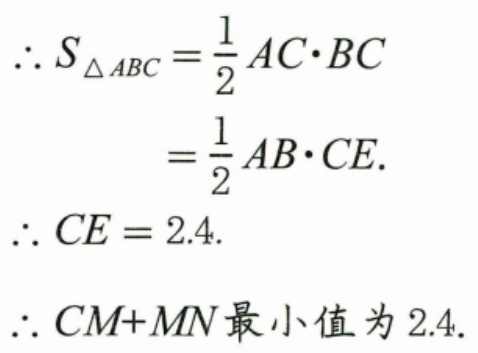
\[
\begin{align*}
\therefore S_{\triangle ABC}&=\frac{1}{2}AC\cdot BC\\
&=\frac{1}{2}AB\cdot CE.\\
\therefore CE&=2.4.\\
\therefore CM + MN\text{最小值为}2.4.
\end{align*}
\]